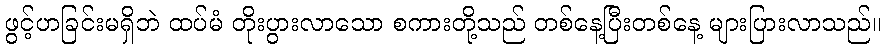
ဖွင့်ဟခြင်းမရှိဘဲ ထပ်မံ တိုးပွားလာသော စကားတို့သည် တစ်နေ့ပြီးတစ်နေ့ များပြားလာသည်။